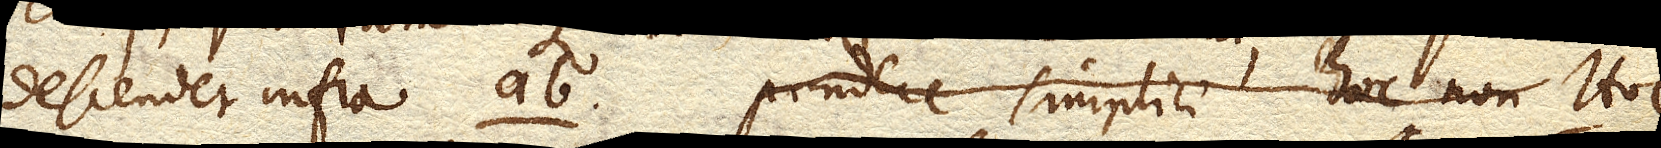
descendet infra ab. pondere simplici hoc non. Hoc